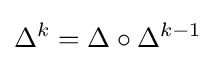
\Delta ^{k}=\Delta \circ \Delta ^{k-1}